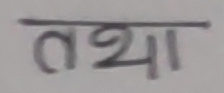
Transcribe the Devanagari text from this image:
तथा